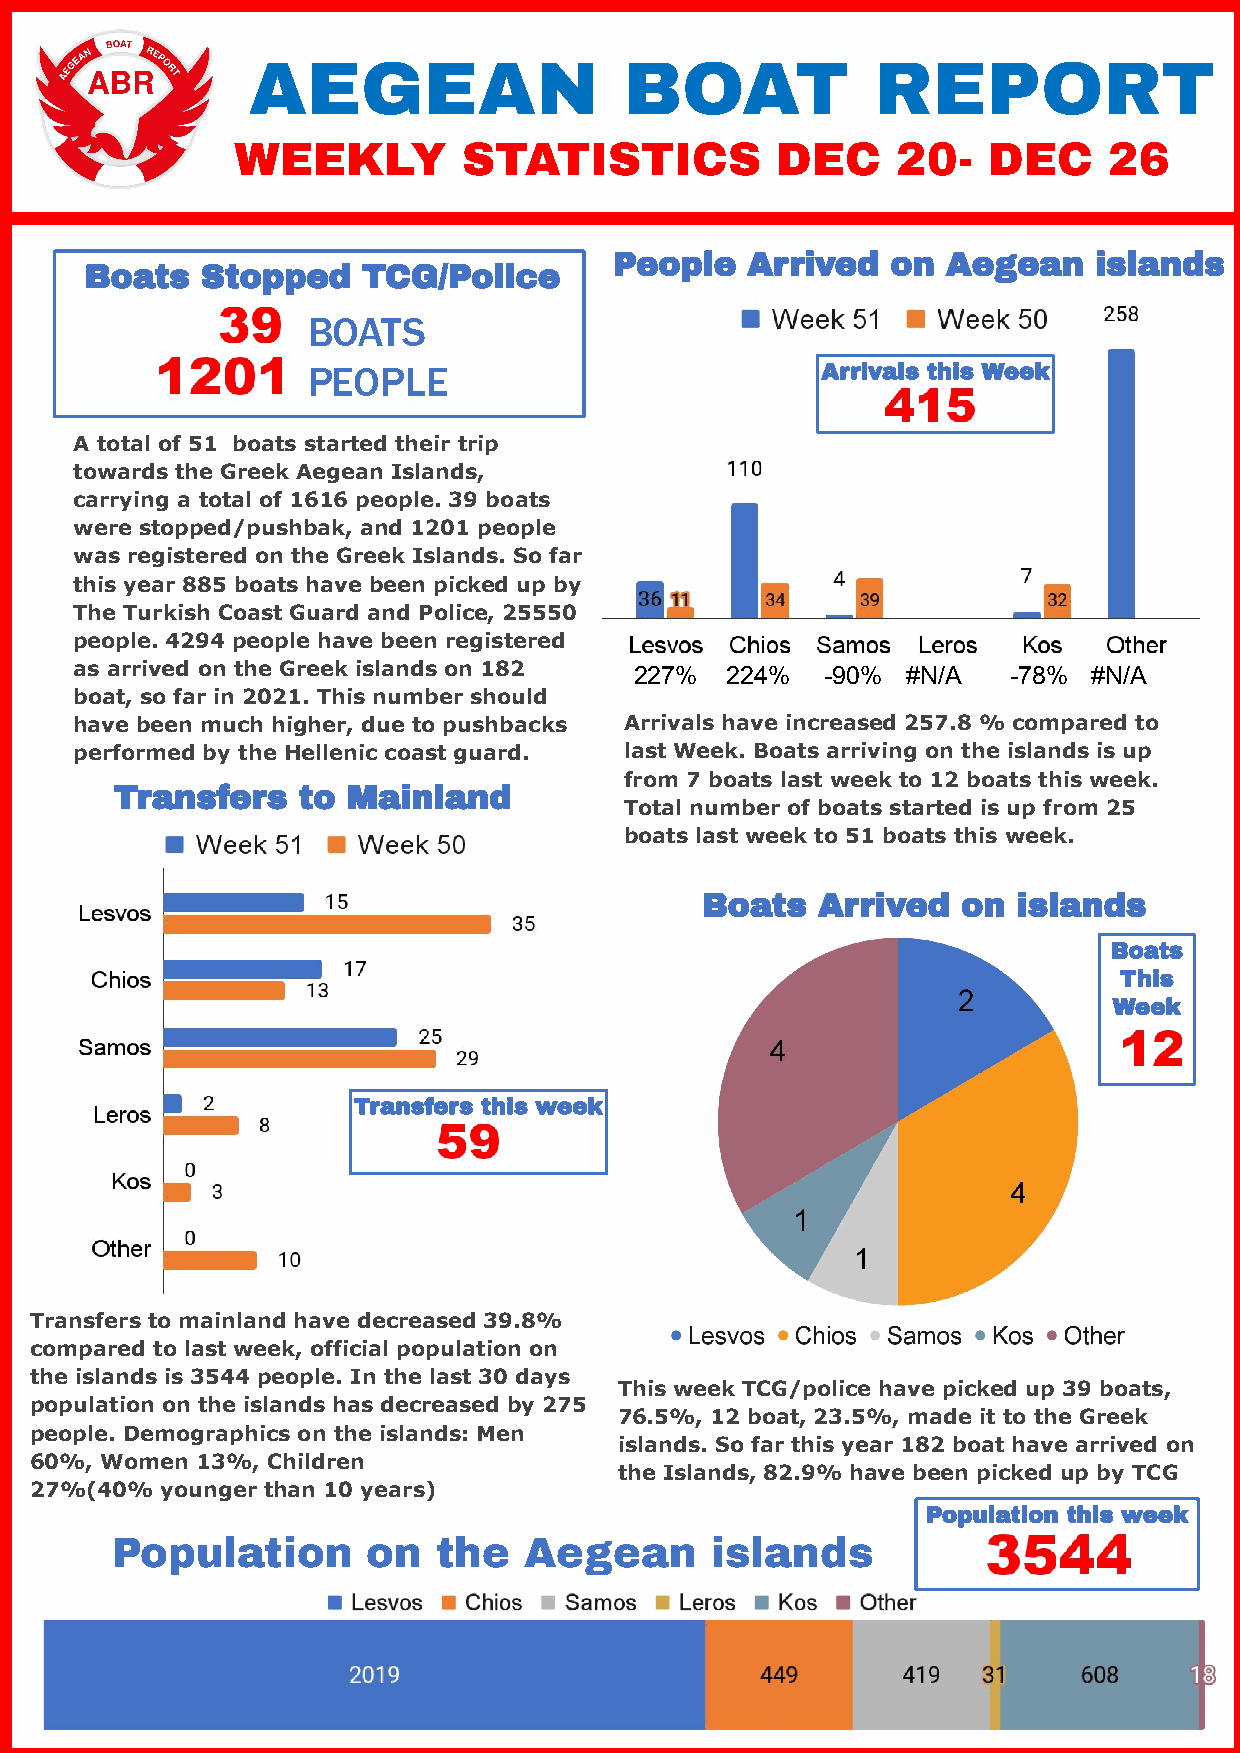
AEGEAN                   BOAT             REPORT
 WEEKLY         STATISTICS          DEC     20-   DEC     26
 People  Arrived   on  Aegean   islands
 Boats  Stopped    TCG/Police
 BOATS
 PEOPLE                            Arrivals this Week
 A total of 51 boats started their trip
 towards the Greek Aegean Islands,
 carrying a total of 1616 people. 39 boats
 were stopped/pushbak, and 1201 people
 was registered on the Greek Islands. So far
 this year 885 boats have been picked up by
 The Turkish Coast Guard and Police, 25550
 people. 4294 people have been registered
 as arrived on the Greek islands on 182 227% 224%  -90% #N/A   -78% #N/A
 boat, so far in 2021. This number should
 have been much higher, due to pushbacks Arrivals have increased 257.8 % compared to
 performed by the Hellenic coast guard. last Week. Boats arriving on the islands is up
 from 7 boats last week to 12 boats this week.
 Transfers   to Mainland
 Total number of boats started is up from 25
 boats last week to 51 boats this week.
 Boats   Arrived   on islands
 Boats
 This
 Week
 Transfers this week
 Transfers to mainland have decreased 39.8%
 compared to last week, official population on
 the islands is 3544 people. In the last 30 days
 This week TCG/police have picked up 39 boats,
 population on the islands has decreased by 275
 76.5%, 12 boat, 23.5%, made it to the Greek
 people. Demographics on the islands: Men
 islands. So far this year 182 boat have arrived on
 60%, Women 13%, Children
 the Islands, 82.9% have been picked up by TCG
 27%(40%  younger than 10 years)
 Population this week
 Population       on   the   Aegean      islands